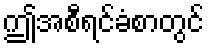
ဤအစီရင်ခံစာတွင်